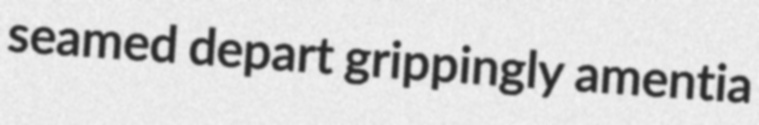
seamed depart grippingly amentia